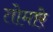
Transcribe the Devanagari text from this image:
तोमारे